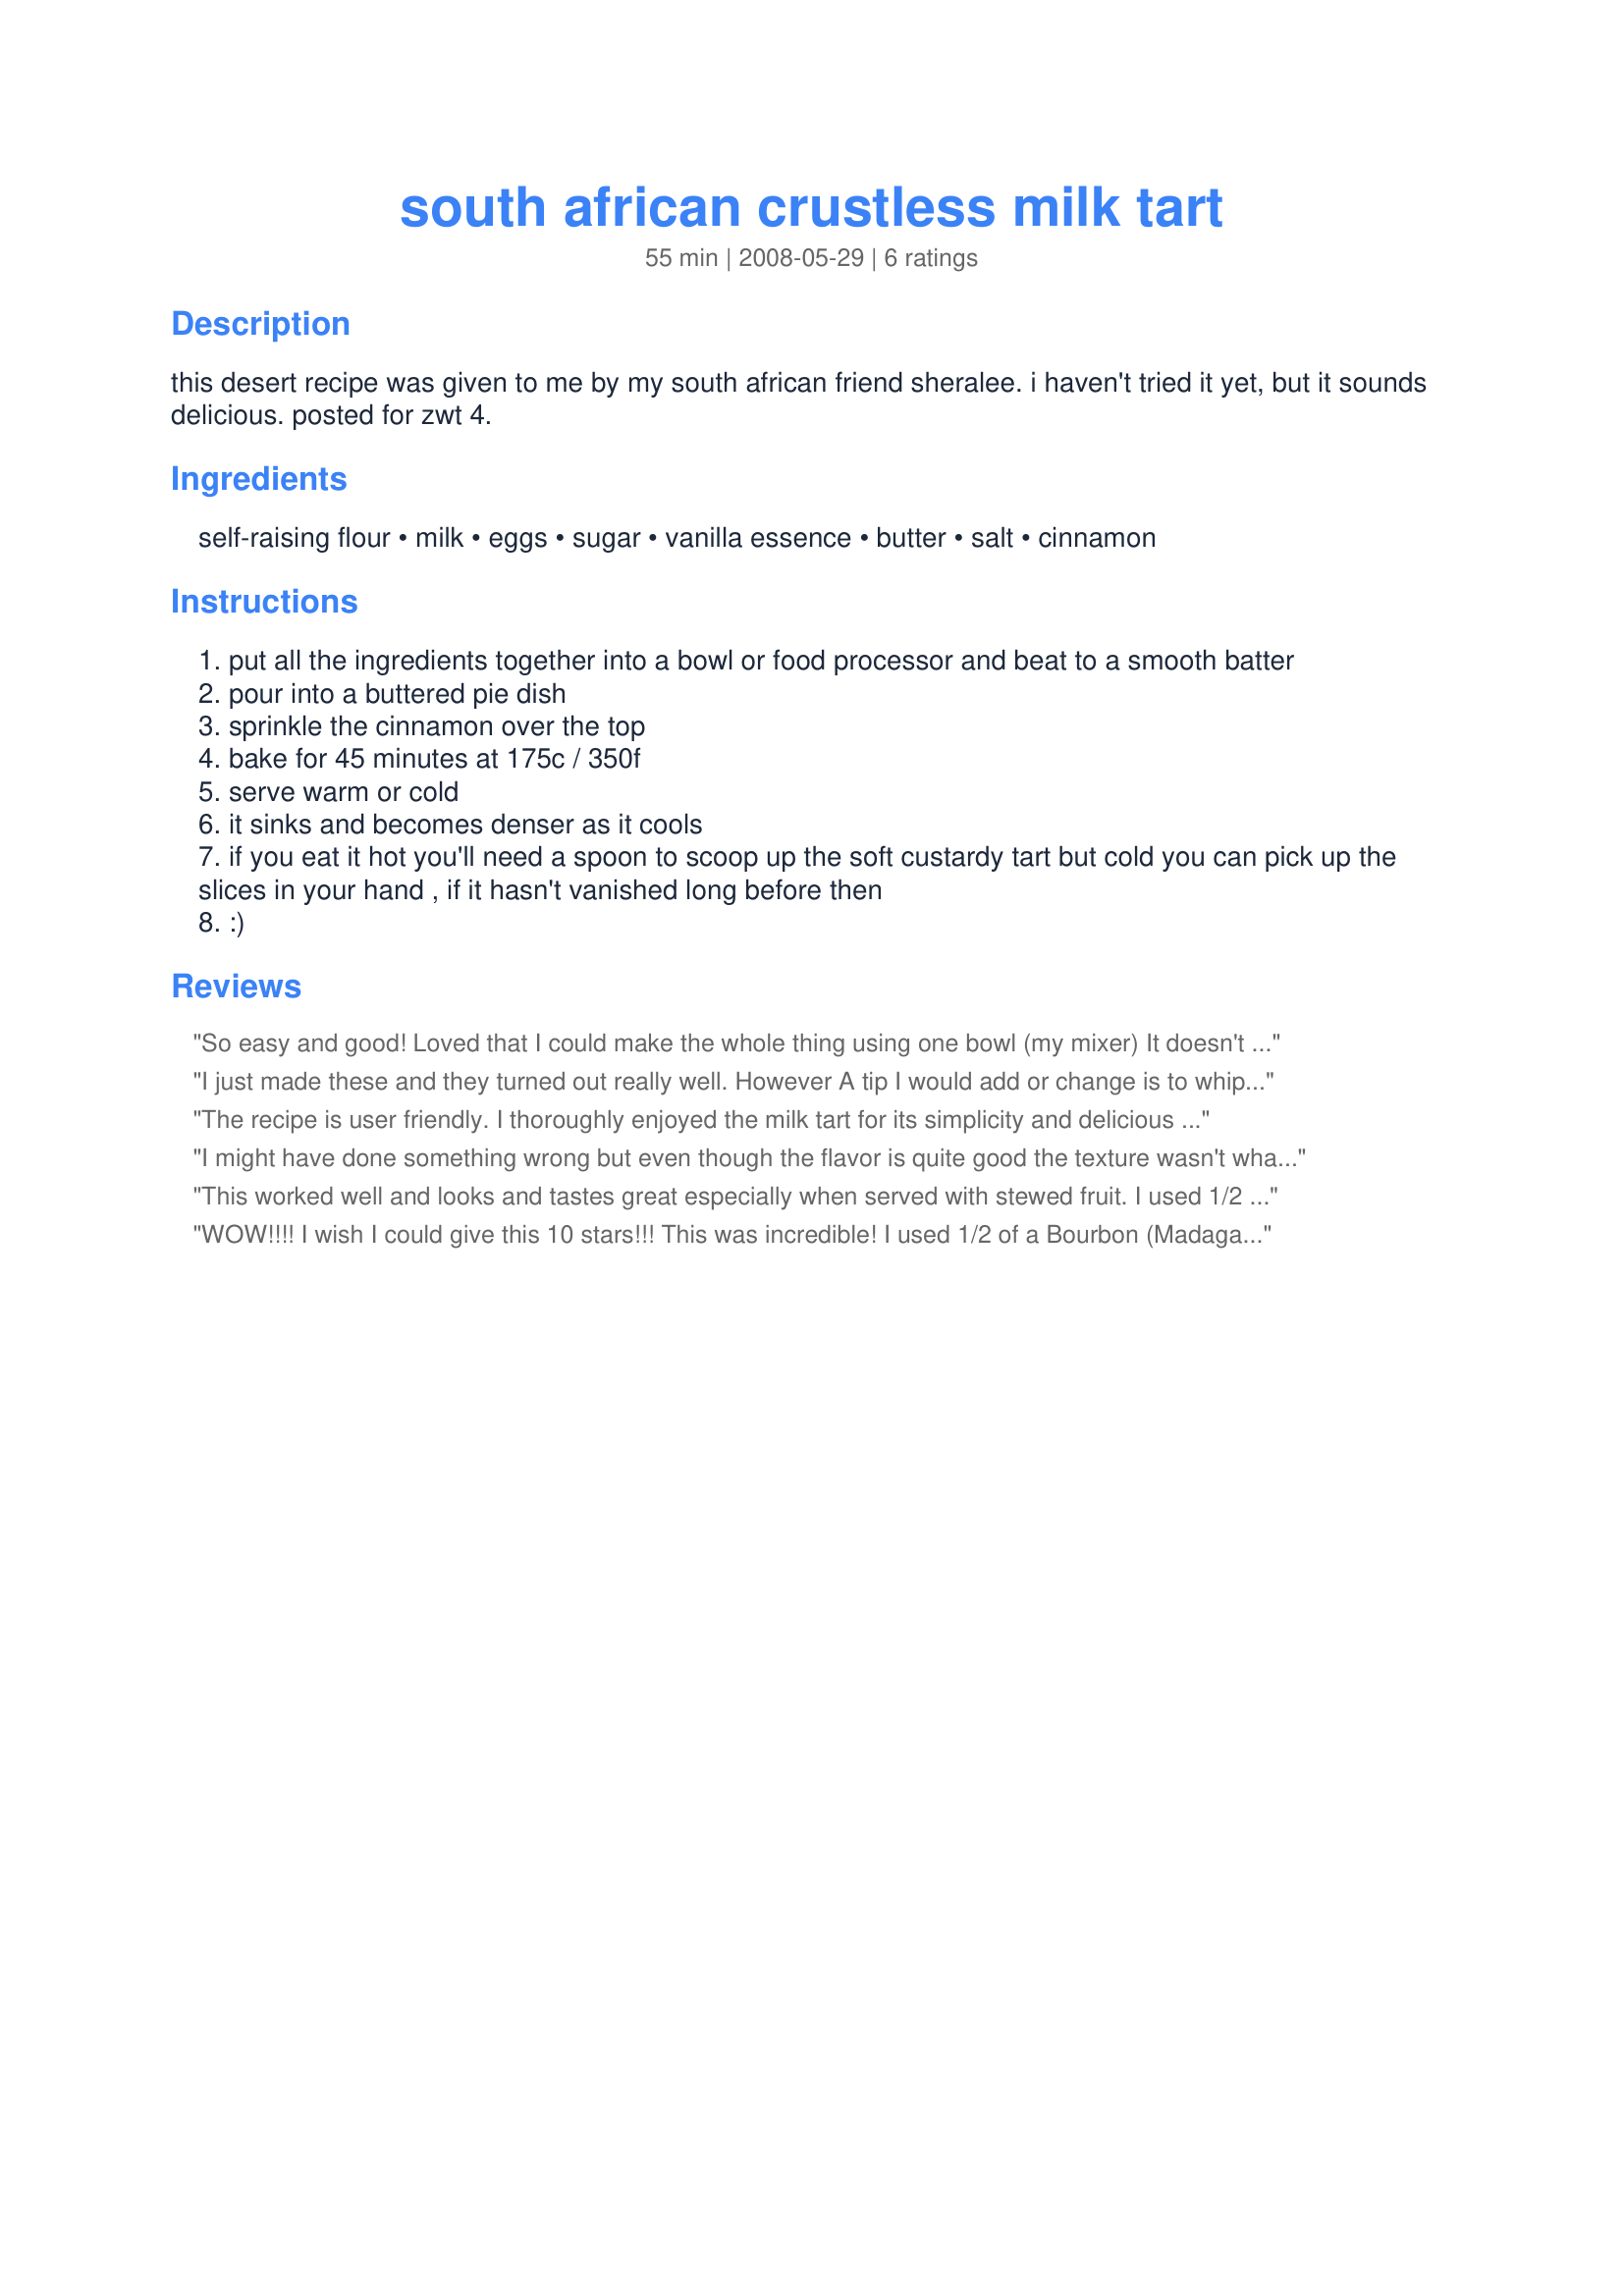
south african crustless milk tart
Preparation time: 55 minutes

this desert recipe was given to me by my south african friend sheralee. i haven't tried it yet, but it sounds delicious. posted for zwt 4.

Ingredients:
self-raising flour, milk, eggs, sugar, vanilla essence, butter, salt, cinnamon

Steps:
put all the ingredients together into a bowl or food processor and beat to a smooth batter
pour into a buttered pie dish
sprinkle the cinnamon over the top
bake for 45 minutes at 175c / 350f
serve warm or cold
it sinks and becomes denser as it cools
if you eat it hot you'll need a spoon to scoop up the soft custardy tart but cold you can pick up the slices in your hand , if it hasn't vanished long before then
:)

Reviews:
So easy and good! Loved that I could make the whole thing using one bowl (my mixer) It doesn't look very pretty, but if I were to serve it to company I would make a fruit sauce to go over top.
I just made these and they turned out really well. However A tip I would add or change is to whip up some cinnamon sugar and do a heavy coating over the top to produce a nice crust on top. I think that would have made this recipe delightful, however with the current setup they were delicious. My tarts were ready after 40 minutes in the oven and they tasted really good. The flavor, texture and recipe were awesome. You really do just through everything into a bowl and it works out perfectly. *dont worry if your batter is literally liquid, thats normal, I alos had a few chunks of butter floating around that werent getting mixed in but i think that's also fine&quot; P.S I didnt have any self rising flower so i made my own by using a simple recipe of all purpose flour and a few other things. Overall id give this a very 5/5
The recipe is user friendly. I thoroughly enjoyed the milk tart for its simplicity and delicious flavor. I could have scaled down the original serving size from 6-8 to 4. But, the large batch was worth it as I had milk tart served cool in the morning with a hot cup of coffee. Or, after dinner with a glass of sweet, dessert wine. Yum! By the way, I dusted the top of the milk tart before baking with a blend of cinnamon and sugar so I ended up with a very light caramelized crust.
I might have done something wrong but even though the flavor is quite good the texture wasn't what I was expecting. Having said that I was expecting something along the line of pumpkin pie consistency. My tart is more like a heavy and dense muffin, a baked flour result it's not custardy at all. I used 1/4c sugar and a rounded 1/3c Splenda. That might have caused the problem or perhaps it's supposed to be this way? It's certainly one of the quickest and easiest things I have ever made. My batter was almost thin as water and if someone has a suggestion as to what I messed up I'll be happy to give it another try. Made for ZWT4.
This worked well and looks and tastes great especially when served with stewed fruit. I used 1/2 skim milk and 1/2 yoghurt as I was low on milk. Cooking time was spot on too.
WOW!!!! I wish I could give this 10 stars!!! This was incredible! I used 1/2 of a Bourbon (Madagascar) vanilla bean, scraped out the seeds, and infused the milk with the seeds and pod for a couple of hours before making the tart. This did not last long and I'll DEFINITELY have to make it again!!! Thanks for a scrumptious recipe. Made for ZWT4.
